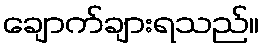
ချောက်ချားရသည်။